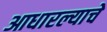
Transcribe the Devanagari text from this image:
आधारल्याचे